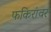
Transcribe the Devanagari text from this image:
फकिरांवर